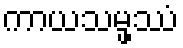
ကာယသမ္ဖဿံ